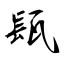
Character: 瓺